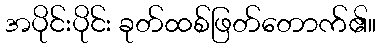
အပိုင်းပိုင်း ခုတ်ထစ်ဖြတ်တောက်၏။